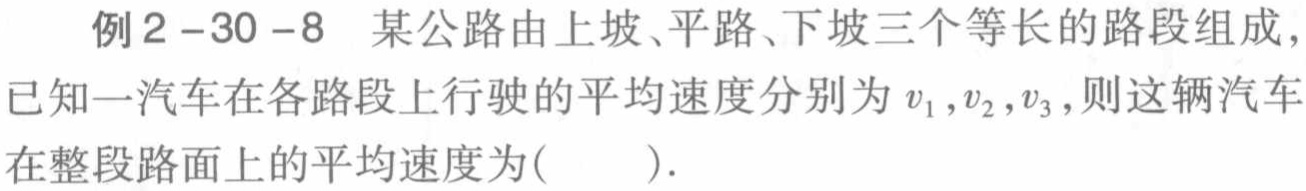
例2-30-8 某公路由上坡、平路、下坡三个等长的路段组成，已知一汽车在各路段上行驶的平均速度分别为\(v_1,v_2,v_3\)，则这辆汽车在整段路面上的平均速度为( ).